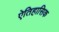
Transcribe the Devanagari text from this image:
ऐतिहासिक